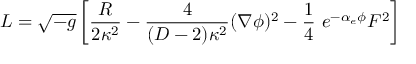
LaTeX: L = { \sqrt { - g } } \left[ { \frac { R } { 2 \kappa ^ { 2 } } } - { \frac { 4 } { ( D - 2 ) \kappa ^ { 2 } } } ( \nabla \phi ) ^ { 2 } - { \frac { 1 } { 4 } } \ e ^ { - \alpha _ { e } \phi } F ^ { 2 } \right]